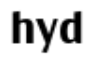
hyd